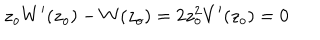
z _ { o } W ^ { \prime } ( z _ { o } ) - W ( z _ { o } ) = 2 z _ { o } ^ { 2 } V ^ { \prime } ( z _ { o } ) = 0